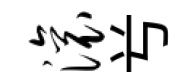
滚𠔃